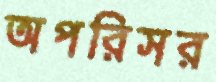
অপরিসর